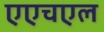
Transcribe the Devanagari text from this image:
एएचएल